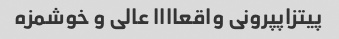
پیتزاپپرونی واقعاااا عالی و خوشمزه